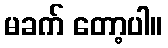
မခက် တော့ပါ။